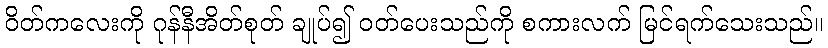
ဝိတ်ကလေးကို ဂုန်နီအိတ်စုတ် ချုပ်၍ ဝတ်ပေးသည်ကို စကားလက် မြင်ရက်သေးသည်။